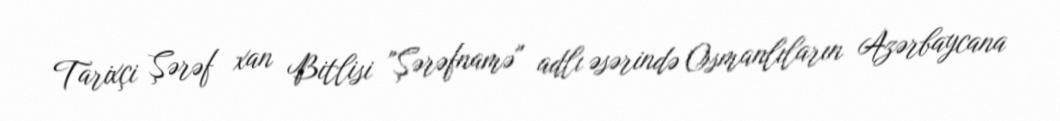
Tarixçi Şərəf xan Bitlisi "Şərəfnamə" adlı əsərində Osmanlıların Azərbaycana